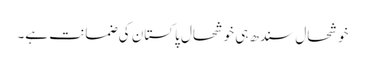
خوشحال سندھ ہی خوشحال پاکستان کی ضمانت ہے۔